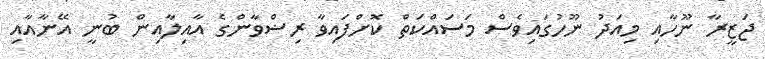
ޖަޒީރާ ނޫހާއި މިއަދު ނޫހުގައިވެސް މަސައްކަތް ކޮށްފައިވާ ރިޟްވާންގެ އާއިލާއިން ބުނީ އޭނާއާއި